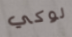
لوكي